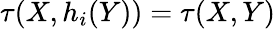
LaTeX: \tau(X,h_{i}(Y))=\tau(X,Y)